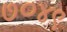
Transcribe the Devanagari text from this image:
७०४९